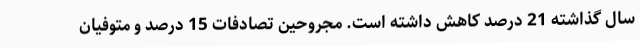
سال گذاشته 21 درصد کاهش داشته است. مجروحین تصادفات 15 درصد و متوفیان